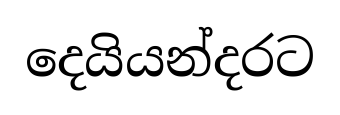
දෙයියන්දරට